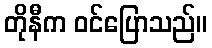
တိုနီက ဝင်ပြောသည်။